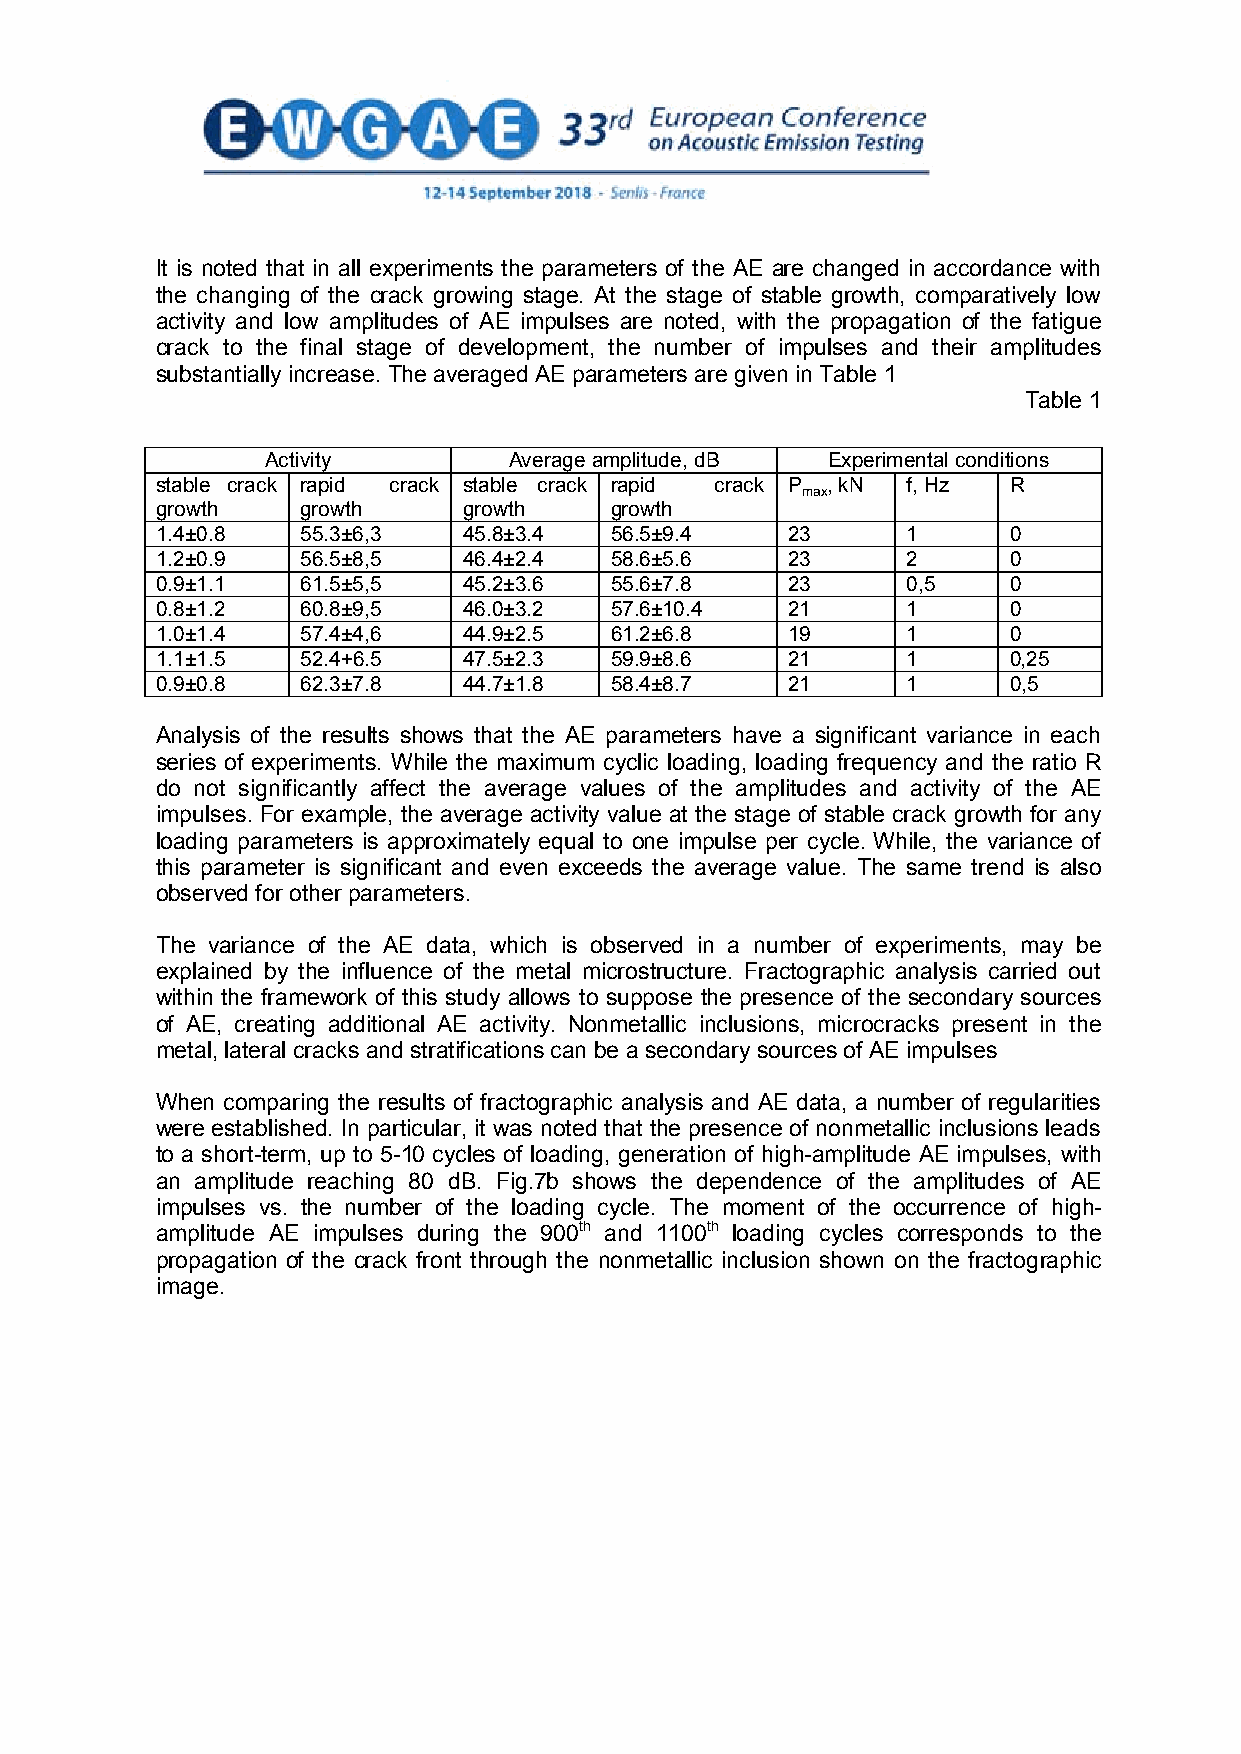
It is noted that in all experiments the parameters of the AE are changed in accordance with
 the changing of the crack growing stage. At the stage of stable growth, comparatively low
 activity and low amplitudes of AE impulses are noted, with the propagation of the fatigue
 crack to the final stage of development, the number of impulses and their amplitudes
 substantially increase.The averaged AE parameters are given in Table 1
 Table 1
 Activity        Average amplitude, dB Experimental conditions
 stable crack rapid crack stable crack rapid crack P , kN f, Hz R
 max
 growth    growth     growth   growth
 1.4±0.8   55.3±6,3   45.8±3.4 56.5±9.4    23      1      0
 1.2±0.9   56.5±8,5   46.4±2.4 58.6±5.6    23      2      0
 0.9±1.1   61.5±5,5   45.2±3.6 55.6±7.8    23      0,5    0
 0.8±1.2   60.8±9,5   46.0±3.2 57.6±10.4   21      1      0
 1.0±1.4   57.4±4,6   44.9±2.5 61.2±6.8    19      1      0
 1.1±1.5   52.4+6.5   47.5±2.3 59.9±8.6    21      1      0,25
 0.9±0.8   62.3±7.8   44.7±1.8 58.4±8.7    21      1      0,5
 Analysis of the results shows that the AE parameters have a significant variance in each
 series of experiments. While the maximum cyclic loading, loading frequency and the ratio R
 do not significantly affect the average values of the amplitudes and activity of the AE
 impulses. For example, the average activity value at the stage of stable crack growth for any
 loading parameters is approximately equal to one impulse per cycle. While, the variance of
 this parameter is significant and even exceeds the average value. The same trend is also
 observed for other parameters.
 The variance of the AE data, which is observed in a number of experiments, may be
 explained by the influence of the metal microstructure. Fractographic analysis carried out
 within the framework of this study allows to suppose the presence of the secondary sources
 of AE, creating additional AE activity. Nonmetallic inclusions, microcracks present in the
 metal, lateral cracks and stratifications can be a secondary sources of AE impulses
 When comparing the results of fractographic analysis and AE data, a number of regularities
 were established. In particular, it was noted that the presence of nonmetallic inclusions leads
 to a short-term, up to 5-10 cycles of loading, generation of high-amplitude AE impulses, with
 an amplitude reaching 80 dB. Fig.7b shows the dependence of the amplitudes of AE
 impulses vs. the number of the loading cycle. The moment of the occurrence of high-
 amplitude AE impulses during the 900th and 1100th loading cycles corresponds to the
 propagation of the crack front through the nonmetallic inclusion shown on the fractographic
 image.
 6